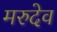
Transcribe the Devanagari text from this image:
मरुदेव